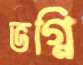
ভগ্নি